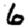
Digit: 6